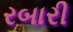
રબારી